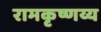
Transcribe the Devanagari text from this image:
रामकृष्णय्य